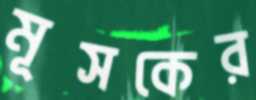
মূসকের